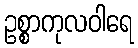
ဥစ္စာကုလဝါရေ